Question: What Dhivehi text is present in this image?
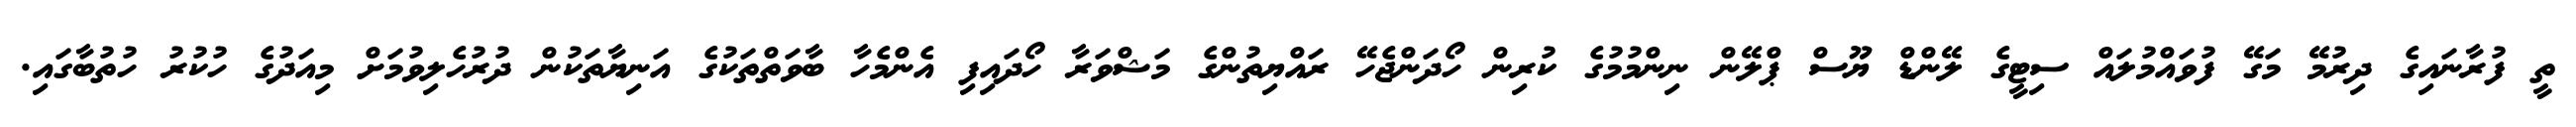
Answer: ތީ ފުރާނައިގެ ދިރުމޭ މަގޭ ފުވައްމުލައް ސިޓީގެ ލޭންޑް ޔޫސް ޕްލޭން ނިންމުމުގެ ކުރިން ހޯދަންޖެހޭ ރައްޔިތުންގެ މަޝްވަރާ ހޯދައިފި އެންމެހާ ބާވަތްތަކުގެ އަނިޔާތަކުން ދުރުހެލިވުމަށް މިއަދުގެ ހުކުރު ހުތުބާގައި.